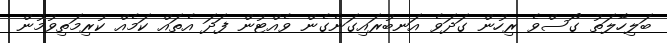
ބަލިހާލަތު ގޯސްވެ ރިހުން ގަދަވެ އަނބުރައިގަނެގެން ވެއްޓުން ފަދަ އެތައް ކަމެއް ކުރިމަތިވުމުން